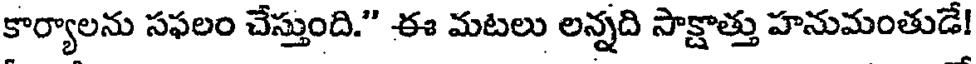
కార్యాలను సఫలం చేస్తుంది." ఈ మటలు లన్నది సాక్షాత్తు హనుమంతుడే!